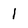
Character: l